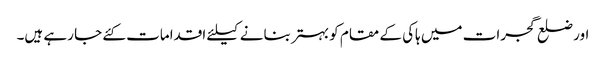
اور ضلع گجرات میں ہاکی کے مقام کو بہتر بنانے کیلئے اقدامات کئے جا رہے ہیں۔